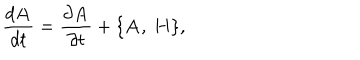
LaTeX: { \frac { d { \bf A } } { d t } } = { \frac { \partial { \bf A } } { \partial t } } + \{ { \bf A } , ~ { \bf H } \} ,